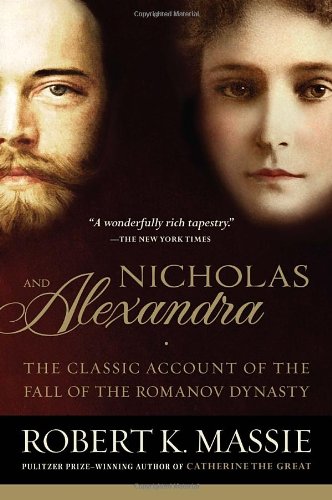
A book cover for Nicholas and Alexandra; Robert K. Massie; Biographies & Memoirs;